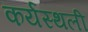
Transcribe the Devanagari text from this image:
कर्यस्थली